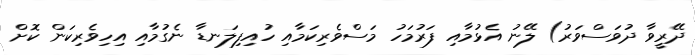
ދޭރީވާ ދުވަސްވަރު) ލޭނު އެޅުމާއި ފަރުމަހު މަސްވެރިކަމާއި ހުއިފިލަނޑާ ނެގުމާއި އިހިވެރިކަން ކޮށް